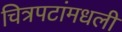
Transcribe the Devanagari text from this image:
चित्रपटांमधली